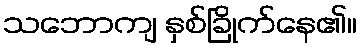
သဘောကျ နှစ်ခြိုက်နေ၏။